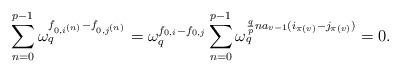
LaTeX: \begin{align*}\sum_{n=0}^{p-1} \omega_{q}^{f_{0,i^{(n)}}-f_{0,j^{(n)}}} =\omega_{q}^{f_{0,i}-f_{0,j}} \sum_{n=0}^{p-1} \omega_{q}^{\frac{q}{p} n a_{v-1} (i_{\pi(v)}-j_{\pi(v)}) } =0.\end{align*}